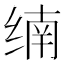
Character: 䌾